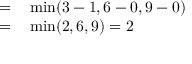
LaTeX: \begin{array} { r l } { = } & { { } \operatorname* { m i n } ( 3 - 1 , 6 - 0 , 9 - 0 ) } \\ { = } & { { } \operatorname* { m i n } ( 2 , 6 , 9 ) = 2 } \end{array}